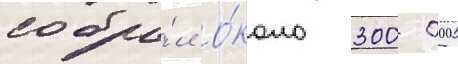
собра́л о́коло 300 000